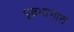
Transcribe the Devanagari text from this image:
पृष्ठभागात